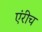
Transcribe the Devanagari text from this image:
एंरीच